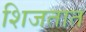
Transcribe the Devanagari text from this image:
शिजतात